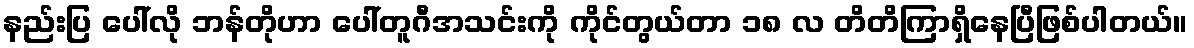
နည်းပြ ပေါ်လို ဘန်တိုဟာ ပေါ်တူဂီအသင်းကို ကိုင်တွယ်တာ ၁၈ လ တိတိကြာရှိနေပြီဖြစ်ပါတယ်။